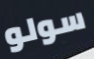
سولو